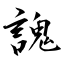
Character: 謉